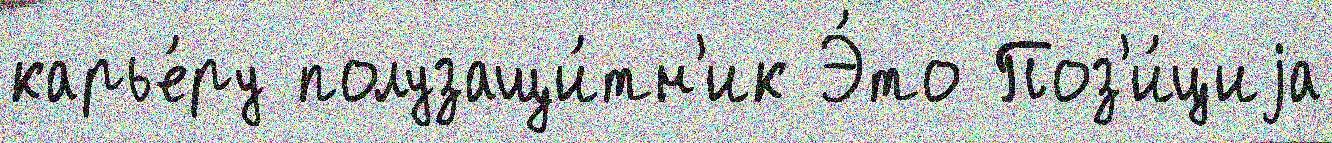
карье́ру полузащи́тн'ик Э́то Поз'и́циjа